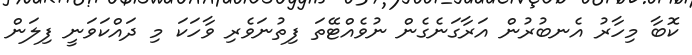
ކޮބާ މިހާރު އެނބުރުން އަރާގަނެގެން ނުވެއްޓޭތަ ފިތުނަވެރި ވާހަކަ މި ދައްކަވަނީ ފިލަން